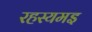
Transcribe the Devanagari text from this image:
रहस्यमइ